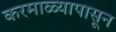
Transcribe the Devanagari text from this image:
करमाळ्यापासून